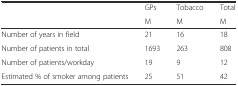
| <ROWSPAN=2>  | GPs | Tobacco | Total |
 | M | M | M |
 | --- | --- | --- | --- |
 | Number of years in field | 21 | 16 | 18 |
 | Number of patients in total | 1693 | 263 | 808 |
 | Number of patients/workday | 19 | 9 | 12 |
 | Estimated % of smoker among patients | 25 | 51 | 42 |